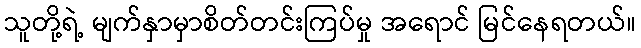
သူတို့ရဲ့ မျက်နှာမှာစိတ်တင်းကြပ်မှု အရောင် မြင်နေရတယ်။